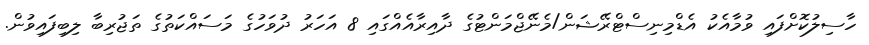
ހާސިލުކޮށްފައި ވުމާއެކު އެޑްމިނިސްޓްރޭޝަން/މެނޭޖްމަންޓުގެ ދާއިރާއެއްގައި 8 އަހަރު ދުވަހުގެ މަސައްކަތުގެ ތަޖުރިބާ ލިބިފައިވުން.